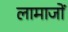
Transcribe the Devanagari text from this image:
लामाजों